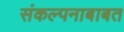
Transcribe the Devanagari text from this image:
संकल्पनाबाबत